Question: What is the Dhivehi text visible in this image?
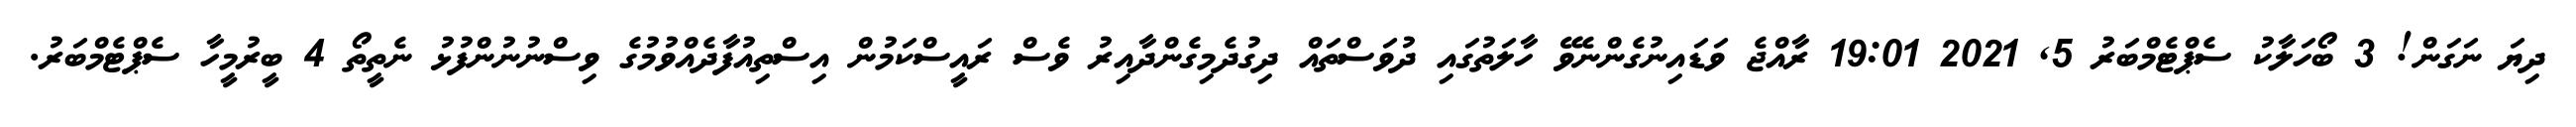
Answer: ދިޔަ ނަގަން! 3 ބޯހަލާކު ސެޕްޓެމްބަރު 5, 2021 19:01 ރާއްޖެ ވަޑައިނުގެންނެވޭ ހާލަތުގައި ދުވަސްތައް ދިގުދެމިގެންދާއިރު ވެސް ރައީސްކަމުން އިސްތިއުފާދެއްވުމުގެ ވިސްނުނުންފުޅު ނެތީތޯ 4 ބީރުމީހާ ސެޕްޓެމްބަރު.